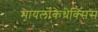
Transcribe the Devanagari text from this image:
मायलोकेथेक्सिस